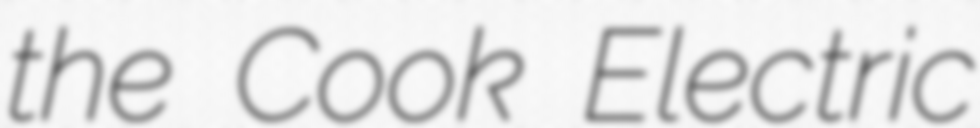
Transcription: the Cook Electric